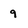
Character: 9